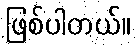
ဖြစ်ပါတယ်။